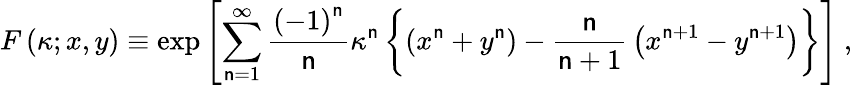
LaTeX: F\left(\kappa;x,y\right)\equiv\exp\left[\sum_{\mathsf{n}=1}^{\infty}{\frac{{\left(-1\right)^{\mathsf{n}}}}{{\mathsf{n}}}}\kappa^{\mathsf{n}}\left\{ \left(x^{\mathsf{n}}+y^{\mathsf{n}}\right)-{\frac{{\mathsf{n}}}{{\mathsf{n}+1}}}\left(x^{\mathsf{n}+1}-y^{\mathsf{n}+1}\right)\right\} \right]\ ,